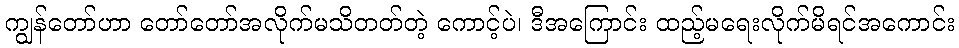
ကျွန်တော်ဟာ တော်တော်အလိုက်မသိတတ်တဲ့ ကောင့်ပဲ၊ ဒီအကြောင်း ထည့်မရေးလိုက်မိရင်အကောင်း